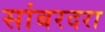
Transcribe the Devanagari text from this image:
सांबरदरा